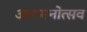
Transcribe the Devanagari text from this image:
आगमनोत्सव